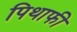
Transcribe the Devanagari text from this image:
पिथाफी